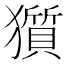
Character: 𤢽